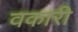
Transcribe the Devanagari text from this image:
वकारी